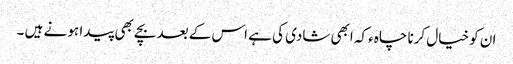
ان کو خیال کرنا چاہء کہ ابھی شادی کی ہے اس کے بعد بچے بھی پیدا ہو نے ہیں ۔